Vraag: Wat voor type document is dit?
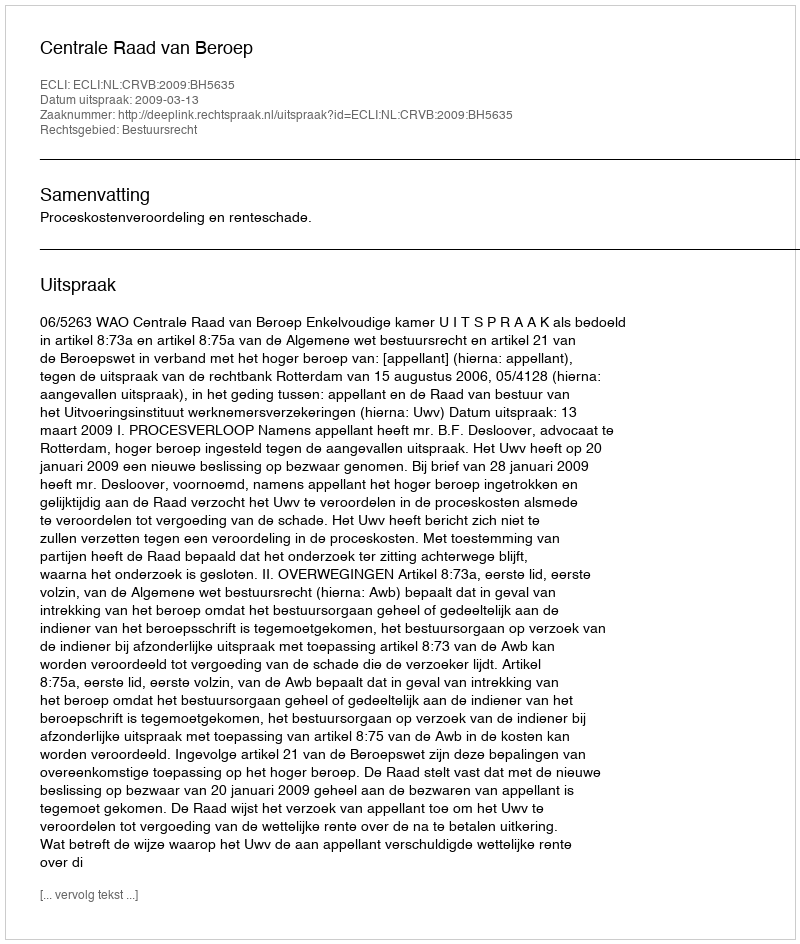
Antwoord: Uitspraak